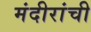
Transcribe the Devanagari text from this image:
मंदीरांची